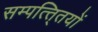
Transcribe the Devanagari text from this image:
सम्पत्ति्तयों